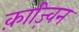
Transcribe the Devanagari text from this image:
क़ाज़्विन